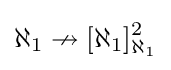
\aleph _{1}\nrightarrow [\aleph _{1}]_{\aleph _{1}}^{2}